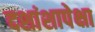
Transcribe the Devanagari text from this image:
दशांशापेक्षा